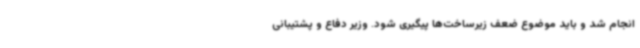
انجام شد و باید موضوع ضعف زیرساخت‌ها پیگیری شود. وزیر دفاع و پشتیبانی